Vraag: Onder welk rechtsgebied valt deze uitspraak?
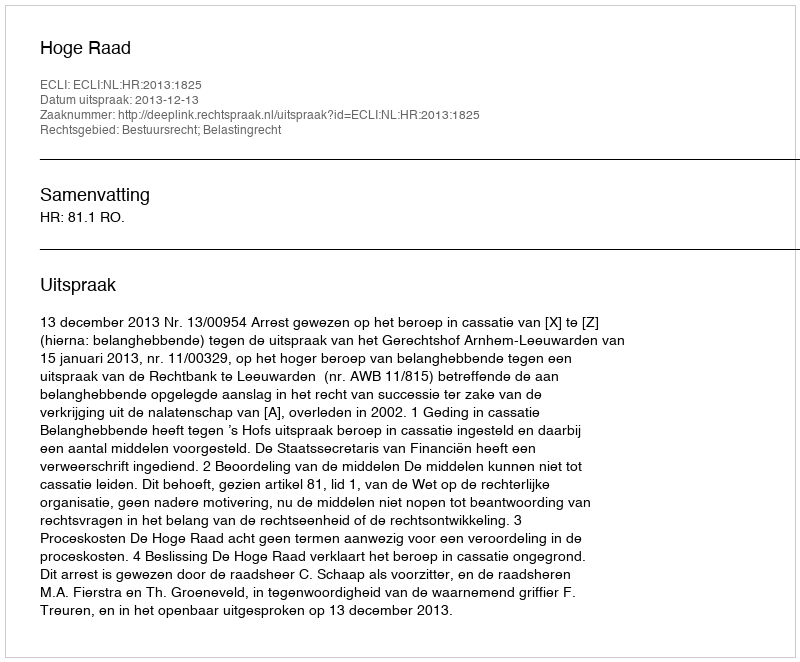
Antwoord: Bestuursrecht; Belastingrecht